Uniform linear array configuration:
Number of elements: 12
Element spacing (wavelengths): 0.75
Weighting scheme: hamming
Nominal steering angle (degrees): -45
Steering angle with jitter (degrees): -46.65
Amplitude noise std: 0.05
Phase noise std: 0.05

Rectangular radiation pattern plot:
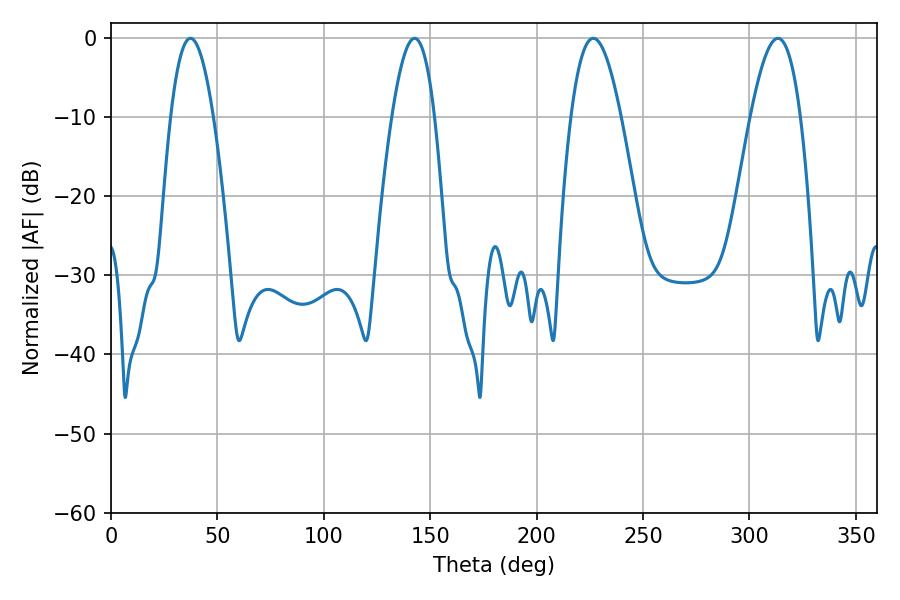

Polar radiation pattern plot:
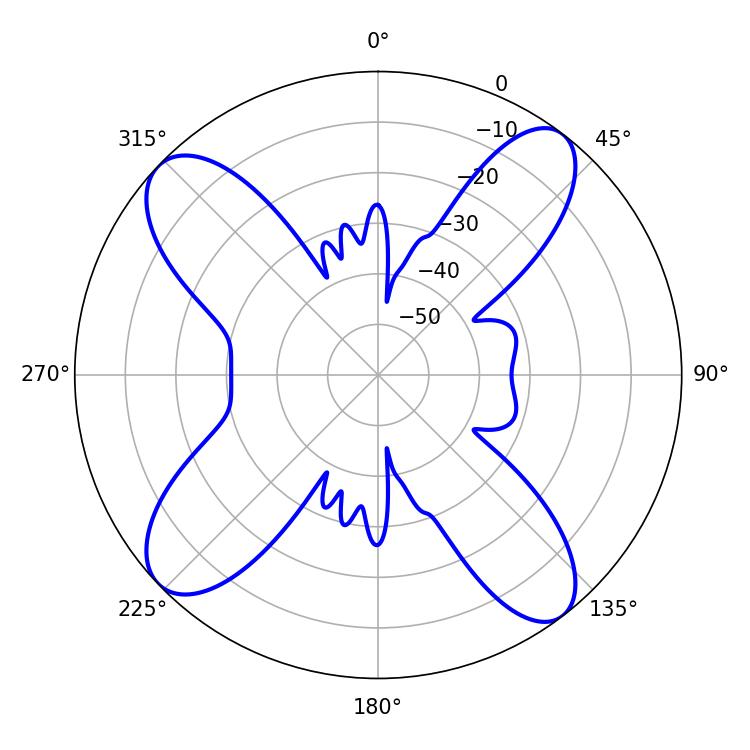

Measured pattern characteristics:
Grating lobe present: TRUE
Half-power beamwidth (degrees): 12.96
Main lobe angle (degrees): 226.62